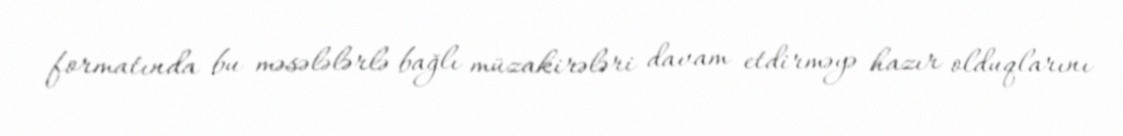
formatında bu məsələlərlə bağlı müzakirələri davam etdirməyə hazır olduqlarını